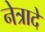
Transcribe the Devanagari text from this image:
नेत्रादे